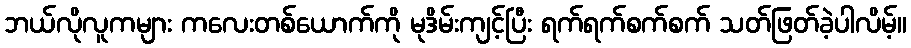
ဘယ်လိုလူကများ ကလေးတစ်ယောက်ကို မုဒိမ်းကျင့်ပြီး ရက်ရက်စက်စက် သတ်ဖြတ်ခဲ့ပါလိမ့်။